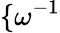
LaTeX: \{ \omega^{-1}